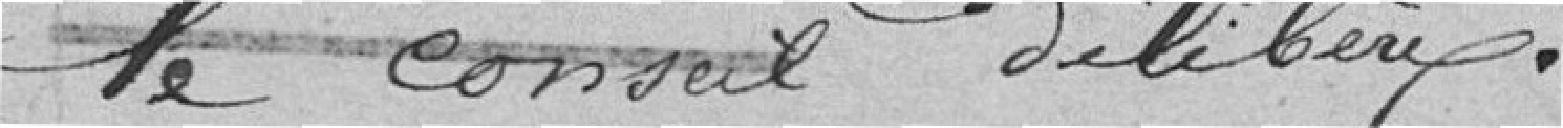
le conseil délibère.